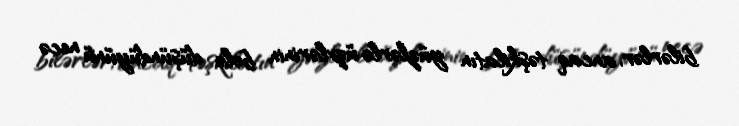
bilərlər, ancaq təşkilatın yüzlərlə üzvlərinin belə düşündüyünü necə